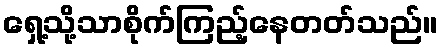
ရှေ့သို့သာစိုက်ကြည့်နေတတ်သည်။